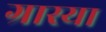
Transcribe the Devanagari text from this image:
ग्रास्या